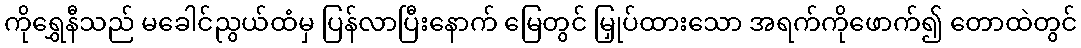
ကိုရွှေနီသည် မခေါင်ညွယ်ထံမှ ပြန်လာပြီးနောက် မြေတွင် မြှုပ်ထားသော အရက်ကိုဖောက်၍ တောထဲတွင်